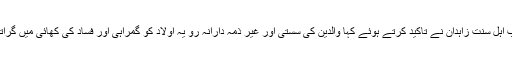
خطیب اہل سنت زاہدان نے تاکید کرتے ہوئے کہا والدین کی سستی اور غیر ذمہ دارانہ رو یہ اولاد کو گمراہی اور فساد کی کھائی میں گراتا ہے۔